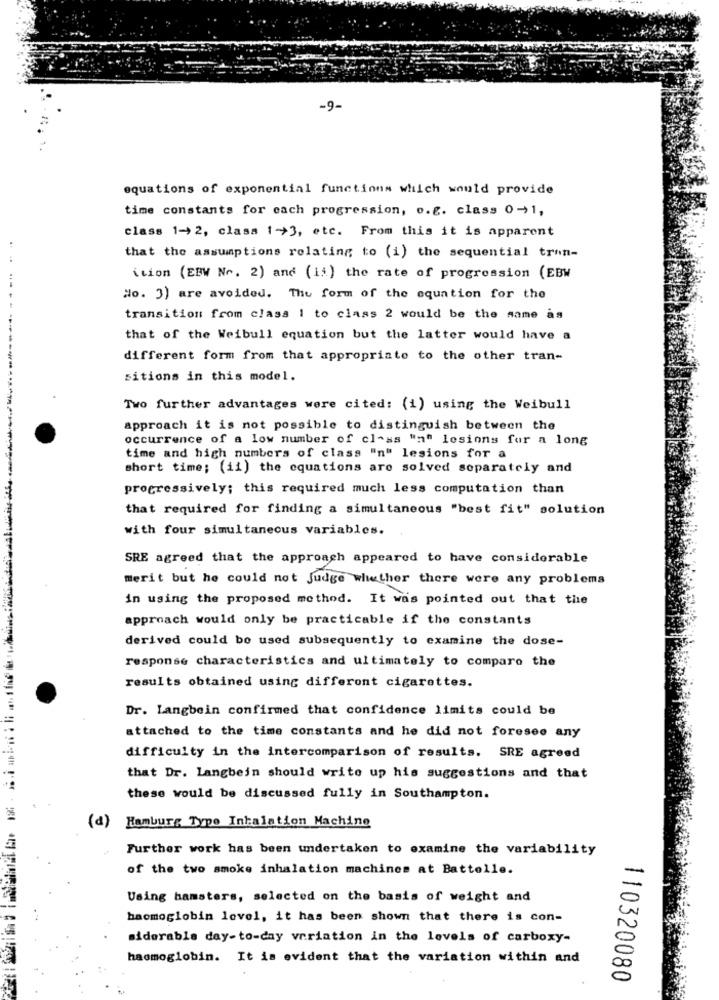
-9-
equations of exponential functions which would provide
time constants for each progression, o.g. class 0-1,
class 1-> 2, class 1>3, etc. From this it is apparent
that the assumptions relating to (i) the sequential tron-
ition (EBV Nr. 2) and (ii) the rate of progression (EBW
No. 3) are avoided. The form of the equation for the
transition from class 1 to class 2 would be the same as
that of the Weibull equation but the latter would have a
different form from that appropriate to the other tran-
sitions in this model.
Two further advantages were cited: (1) using the Weibull
approach it is not possible to distinguish between the
---------------
occurrence of a low number of class "n" losions for a long
time and high numbers of class "n" lesions for a
short time; (ii) the equations are solved separately and
progressively; this required much less computation than
that required for finding a simultaneous "best fit" solution
with four simultaneous variables.
SRE agreed that the approach appeared to have considerable
merit but he could not Judge whether there were any problems
in using the proposed method. It was pointed out that the
approach would only be practicable if the constants
derived could be used subsequently to examine the dose-
response characteristics and ultimately to compare the
results obtained using different cigarettes.
Dr. Langbein confirmed that confidence limits could be
attached to the time constants and he did not foresee any
difficulty in the intercomparison of results. SRE agreed
that Dr. Langbein should write up his suggestions and that
these would be discussed fully in Southampton.
Hamburg Type Inhalation Machine
(d)
Further work has been undertaken to examine the variability
of the two smoke inhalation machines at Battelle.
Using hamsters, selected on the basis of weight and
haemoglobin level, it has been shown that there is con-
siderabla day-to-day variation in the levels of carboxy-
haemoglobin. It is evident that the variation within and
110320080